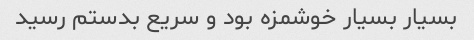
بسیار بسیار خوشمزه بود و سریع بدستم رسید